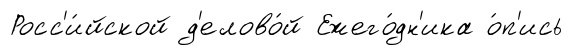
Росс'и́йской д'елово́й Ежего́дн'ика о́п'ись